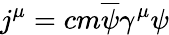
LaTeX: j^{\mu}=cm\overline{{{\psi}}}\gamma^{\mu}\psi